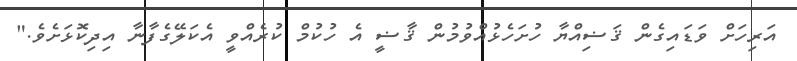
އަރިހަށް ވަޑައިގެން ޤަޟިއްޔާ ހުށަހެޅުއްވުމުން ޤާޟީ އެ ހުކުމް ކުރެއްވީ އެކަލޭގެފާނާ އިދިކޮޅަށެވެ."